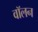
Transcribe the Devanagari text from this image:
वॉलन